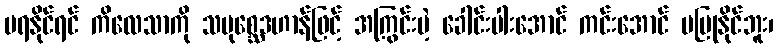
မရနိုင်ရင် ကိလေသာကို သမုစ္ဆေဒဟာန်ဖြင့် အကြွင်းမဲ့ ခေါင်းပါးအောင် ကင်းအောင် မပြုနိုင်ဘူး၊